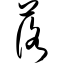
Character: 落